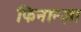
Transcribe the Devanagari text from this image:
फिनान्ज़ा